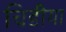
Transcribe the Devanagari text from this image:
चिडीया